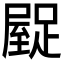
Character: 𮛿